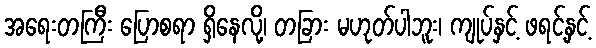
အရေးတကြီး ပြောစရာ ရှိနေလို့၊ တခြား မဟုတ်ပါဘူး၊ ကျုပ်နှင့် ဖရင့်နှင့်